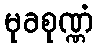
မုခစုဏ္ဏံ